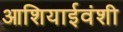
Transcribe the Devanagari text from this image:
आशियाईवंशी